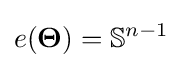
e({\boldsymbol {\Theta }})=\mathbb {S} ^{n-1}